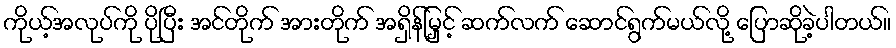
ကိုယ့်အလုပ်ကို ပိုပြီး အင်တိုက် အားတိုက် အရှိန်မြှင့် ဆက်လက် ဆောင်ရွက်မယ်လို့ ပြောဆိုခဲ့ပါတယ်။